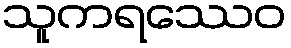
သူကရဿေဝ